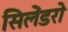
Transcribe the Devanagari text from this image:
सिलेंडरो